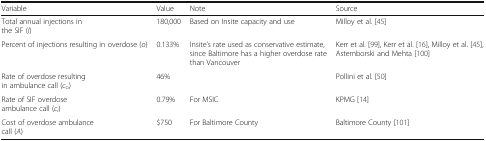
<table><thead><tr><td><b>Variable</b></td><td><b>Value</b></td><td><b>Note</b></td><td><b>Source</b></td></tr></thead><tbody><tr><td>Total annual injections in the SIF (<i>I</i>)</td><td>180,000</td><td>Based on Insite capacity and use</td><td>Milloy et al. [45]</td></tr><tr><td>Percent of injections resulting in overdose (<i>o</i>)</td><td>0.133%</td><td>Insite’s rate used as conservative estimate, since Baltimore has a higher overdose rate than Vancouver</td><td>Kerr et al. [99], Kerr et al. [16], Milloy et al. [45], Astemborski and Mehta [100]</td></tr><tr><td>Rate of overdose resulting in ambulance call (<i>c</i><sub>o</sub>)</td><td>46%</td><td>[EMPTY_CELL]</td><td>Pollini et al. [50]</td></tr><tr><td>Rate of SIF overdose ambulance call (<i>c</i><sub><i>i</i></sub>)</td><td>0.79%</td><td>For MSIC</td><td>KPMG [14]</td></tr><tr><td>Cost of overdose ambulance call (<i>A</i>)</td><td>$750</td><td>For Baltimore County</td><td>Baltimore County [101]</td></tr></tbody></table>